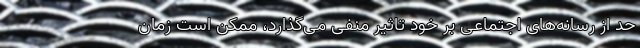
حد از رسانه‌های اجتماعی بر خود تاثیر منفی می‌گذارد، ممکن است زمان